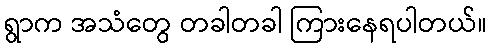
ရွာက အသံတွေ တခါတခါ ကြားနေရပါတယ်။